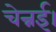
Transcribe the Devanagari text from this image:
चेन्नई।